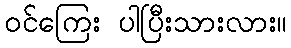
ဝင်ကြေး ပါပြီးသားလား။